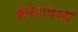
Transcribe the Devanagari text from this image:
क्लेशवश्यं